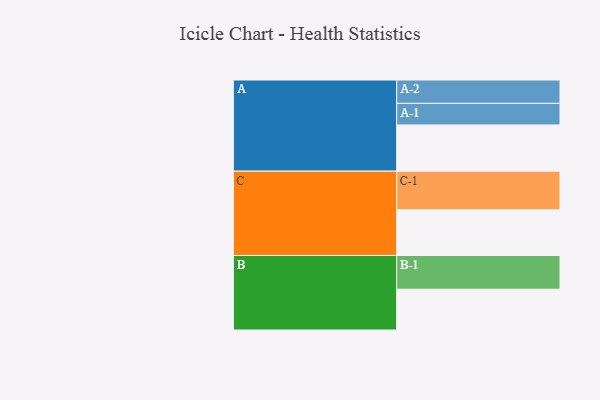
{"axis": {"x": "Segment", "y": "Value"}, "legend": ["", "A", "B", "C"], "data": [{"x": "A", "y": 358, "type": ""}, {"x": "B", "y": 316, "type": ""}, {"x": "C", "y": 354, "type": ""}, {"x": "A-1", "y": 167, "type": "A"}, {"x": "A-2", "y": 181, "type": "A"}, {"x": "B-1", "y": 261, "type": "B"}, {"x": "C-1", "y": 299, "type": "C"}]}